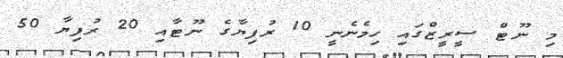
މި ނޫޓް ސީރީޒްގައި ހިމެނެނީ 10 ރުފިޔާގެ ނޫޓާއި 20 ރުފިޔާ 50